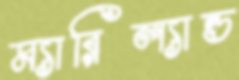
ম্যারিল্যান্ড